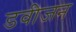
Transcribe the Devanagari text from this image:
डवीजन